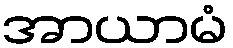
အာယာမံ